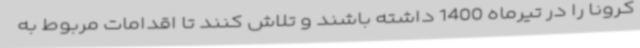
کرونا را در تیرماه 1400 داشته باشند و تلاش کنند تا اقدامات مربوط به